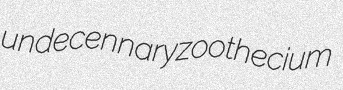
undecennary zoothecium